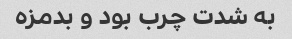
به شدت چرب بود و بدمزه